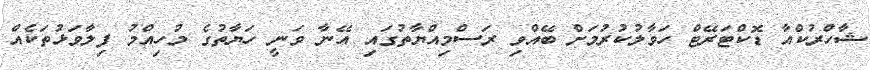
ޝާހްރުކްއާ ޑޮކްޓަރޭޓް ހަވާލުކުރުމަށް ބޭއްވި ރަސްމިއްޔާތުގައި އޭނާ ވަނީ ހަޔާތުގެ މުހިއްމު ފިލާވަޅުތަކެއް